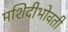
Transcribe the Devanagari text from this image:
मशिदीभोवती